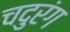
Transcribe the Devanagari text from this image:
चदुरंग